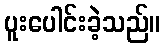
ပူးပေါင်းခဲ့သည်။